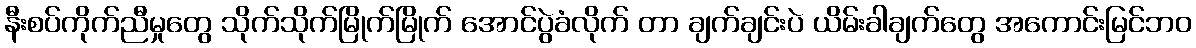
နီးစပ်ကိုက်ညီမှုတွေ သိုက်သိုက်မြိုက်မြိုက် အောင်ပွဲခံလိုက် တာ ချက်ချင်းပဲ ယိမ်းခါချက်တွေ အကောင်းမြင်ဘဝ